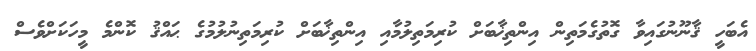
އެބަހީ ޤާނޫނުގައިވާ ގޮތުގެމަތިން އިންތިޚާބަށް ކުރިމަތިލުމާއި އިންތިޚާބަށް ކުރިމަތިނުލުމުގެ ޙައްޤު ކޮންމެ މީހަކަށްވެސް